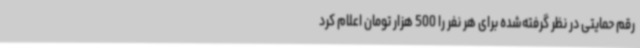
رقم حمایتی در نظر گرفته‌شده برای هر نفر را 500 هزار تومان اعلام کرد